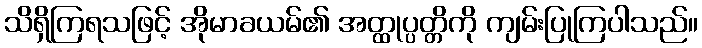
သိရှိကြရသဖြင့် အိုမာခယမ်၏ အတ္ထုပ္ပတ္တိကို ကျမ်းပြုကြပါသည်။